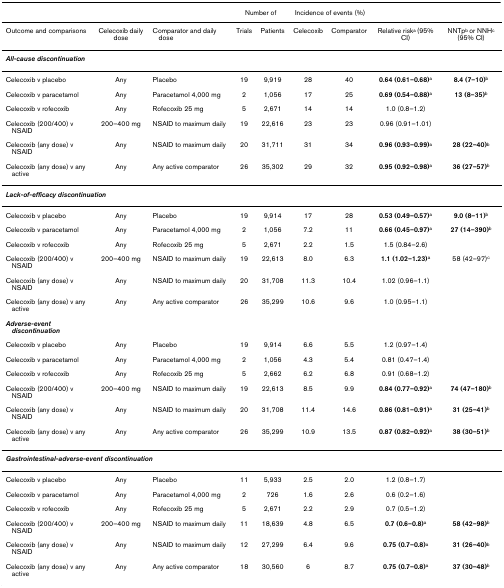
<table><thead><tr><td></td><td></td><td></td><td colspan="2"><b>Number of</b></td><td colspan="2"><b>Incidence of events (%)</b></td><td></td><td></td></tr></thead><tbody><tr><td>Outcome and comparisons</td><td>Celecoxib daily dose</td><td>Comparator and daily dose</td><td>Trials</td><td>Patients</td><td>Celecoxib</td><td>Comparator</td><td>Relative risk<sup>a </sup>(95% CI)</td><td>NNTp<sup>b </sup>or NNH<sup>c </sup>(95% CI)</td></tr><tr><td><b><i>All-cause discontinuation</i></b></td><td></td><td></td><td></td><td></td><td></td><td></td><td></td><td></td></tr><tr><td>Celecoxib v placebo</td><td>Any</td><td>Placebo</td><td>19</td><td>9,919</td><td>28</td><td>40</td><td><b>0.64 (0.61–0.68)</b><sup>a</sup></td><td><b>8.4 (7–10)</b><sup>b</sup></td></tr><tr><td>Celecoxib v paracetamol</td><td>Any</td><td>Paracetamol 4,000 mg</td><td>2</td><td>1,056</td><td>17</td><td>25</td><td><b>0.69 (0.54–0.88)</b><sup>a</sup></td><td><b>13 (8–35)</b><sup>b</sup></td></tr><tr><td>Celecoxib v rofecoxib</td><td>Any</td><td>Rofecoxib 25 mg</td><td>5</td><td>2,671</td><td>14</td><td>14</td><td>1.0 (0.8–1.2)</td><td></td></tr><tr><td>Celecoxib (200/400) v NSAID</td><td>200–400 mg</td><td>NSAID to maximum daily</td><td>19</td><td>22,616</td><td>23</td><td>23</td><td>0.96 (0.91–1.01)</td><td></td></tr><tr><td>Celecoxib (any dose) v NSAID</td><td>Any</td><td>NSAID to maximum daily</td><td>20</td><td>31,711</td><td>31</td><td>34</td><td><b>0.96 (0.93–0.99)</b><sup>a</sup></td><td><b>28 (22–40)</b><sup>b</sup></td></tr><tr><td>Celecoxib (any dose) v any active</td><td>Any</td><td>Any active comparator</td><td>26</td><td>35,302</td><td>29</td><td>32</td><td><b>0.95 (0.92–0.98)</b><sup>a</sup></td><td><b>36 (27–57)</b><sup>b</sup></td></tr><tr><td colspan="2"><b><i>Lack-of-efficacy discontinuation</i></b></td><td></td><td></td><td></td><td></td><td></td><td></td><td></td></tr><tr><td>Celecoxib v placebo</td><td>Any</td><td>Placebo</td><td>19</td><td>9,914</td><td>17</td><td>28</td><td><b>0.53 (0.49–0.57)</b><sup>a</sup></td><td><b>9.0 (8–11)</b><sup>b</sup></td></tr><tr><td>Celecoxib v paracetamol</td><td>Any</td><td>Paracetamol 4,000 mg</td><td>2</td><td>1,056</td><td>7.2</td><td>11</td><td><b>0.66 (0.45–0.97)</b><sup>a</sup></td><td><b>27 (14–390)</b><sup>b</sup></td></tr><tr><td>Celecoxib v rofecoxib</td><td>Any</td><td>Rofecoxib 25 mg</td><td>5</td><td>2,671</td><td>2.2</td><td>1.5</td><td>1.5 (0.84–2.6)</td><td></td></tr><tr><td>Celecoxib (200/400) v NSAID</td><td>200–400 mg</td><td>NSAID to maximum daily</td><td>19</td><td>22,613</td><td>8.0</td><td>6.3</td><td><b>1.1 (1.02–1.23)</b><sup>a</sup></td><td>58 (42–97)<sup>c</sup></td></tr><tr><td>Celecoxib (any dose) v NSAID</td><td>Any</td><td>NSAID to maximum daily</td><td>20</td><td>31,708</td><td>11.3</td><td>10.4</td><td>1.02 (0.96–1.1)</td><td></td></tr><tr><td>Celecoxib (any dose) v any active</td><td>Any</td><td>Any active comparator</td><td>26</td><td>35,299</td><td>10.6</td><td>9.6</td><td>1.0 (0.95–1.1)</td><td></td></tr><tr><td><b><i>Adverse-event discontinuation</i></b></td><td></td><td></td><td></td><td></td><td></td><td></td><td></td><td></td></tr><tr><td>Celecoxib v placebo</td><td>Any</td><td>Placebo</td><td>19</td><td>9,914</td><td>6.6</td><td>5.5</td><td>1.2 (0.97–1.4)</td><td></td></tr><tr><td>Celecoxib v paracetamol</td><td>Any</td><td>Paracetamol 4,000 mg</td><td>2</td><td>1,056</td><td>4.3</td><td>5.4</td><td>0.81 (0.47–1.4)</td><td></td></tr><tr><td>Celecoxib v rofecoxib</td><td>Any</td><td>Rofecoxib 25 mg</td><td>5</td><td>2,662</td><td>6.2</td><td>6.8</td><td>0.91 (0.68–1.2)</td><td></td></tr><tr><td>Celecoxib (200/400) v NSAID</td><td>200–400 mg</td><td>NSAID to maximum daily</td><td>19</td><td>22,613</td><td>8.5</td><td>9.9</td><td><b>0.84 (0.77–0.92)</b><sup>a</sup></td><td><b>74 (47–180)</b><sup>b</sup></td></tr><tr><td>Celecoxib (any dose) v NSAID</td><td>Any</td><td>NSAID to maximum daily</td><td>20</td><td>31,708</td><td>11.4</td><td>14.6</td><td><b>0.86 (0.81–0.91)</b><sup>a</sup></td><td><b>31 (25–41)</b><sup>b</sup></td></tr><tr><td>Celecoxib (any dose) v any active</td><td>Any</td><td>Any active comparator</td><td>26</td><td>35,299</td><td>10.9</td><td>13.5</td><td><b>0.87 (0.82–0.92)</b><sup>a</sup></td><td><b>38 (30–51)</b><sup>b</sup></td></tr><tr><td colspan="3"><b><i>Gastrointestinal-adverse-event discontinuation</i></b></td><td></td><td></td><td></td><td></td><td></td><td></td></tr><tr><td>Celecoxib v placebo</td><td>Any</td><td>Placebo</td><td>11</td><td>5,933</td><td>2.5</td><td>2.0</td><td>1.2 (0.8–1.7)</td><td></td></tr><tr><td>Celecoxib v paracetamol</td><td>Any</td><td>Paracetamol 4,000 mg</td><td>2</td><td>726</td><td>1.6</td><td>2.6</td><td>0.6 (0.2–1.6)</td><td></td></tr><tr><td>Celecoxib v rofecoxib</td><td>Any</td><td>Rofecoxib 25 mg</td><td>5</td><td>2,671</td><td>2.2</td><td>2.9</td><td>0.7 (0.5–1.2)</td><td></td></tr><tr><td>Celecoxib (200/400) v NSAID</td><td>200–400 mg</td><td>NSAID to maximum daily</td><td>11</td><td>18,639</td><td>4.8</td><td>6.5</td><td><b>0.7 (0.6–0.8)</b><sup>a</sup></td><td><b>58 (42–98)</b><sup>b</sup></td></tr><tr><td>Celecoxib (any dose) v NSAID</td><td>Any</td><td>NSAID to maximum daily</td><td>12</td><td>27,299</td><td>6.4</td><td>9.6</td><td><b>0.75 (0.7–0.8)</b><sup>a</sup></td><td><b>31 (26–40)</b><sup>b</sup></td></tr><tr><td>Celecoxib (any dose) v any active</td><td>Any</td><td>Any active comparator</td><td>18</td><td>30,560</td><td>6</td><td>8.7</td><td><b>0.75 (0.7–0.8)</b><sup>a</sup></td><td><b>37 (30–48)</b><sup>b</sup></td></tr></tbody></table>